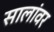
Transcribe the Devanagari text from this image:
सालांवर